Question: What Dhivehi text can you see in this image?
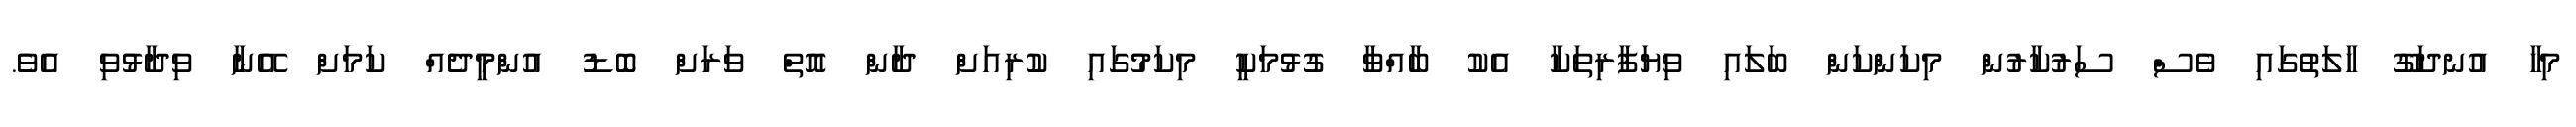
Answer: މިހާ އުނދަގޫ ހާލަތުގައި ވެސް ސަރުކާރުން މިކަންކަން ބަލައި ވިޔަފާރިތަކާ އެކު ބާއްވާ ގުޅުމަކީ މިކަމުގައި ކުރިއަށް ދާން އޮތް ވަރަށް ބޮޑު އުންމީދެއް ކަމަށް އޭނާ ވިދާޅުވި އެވެ.